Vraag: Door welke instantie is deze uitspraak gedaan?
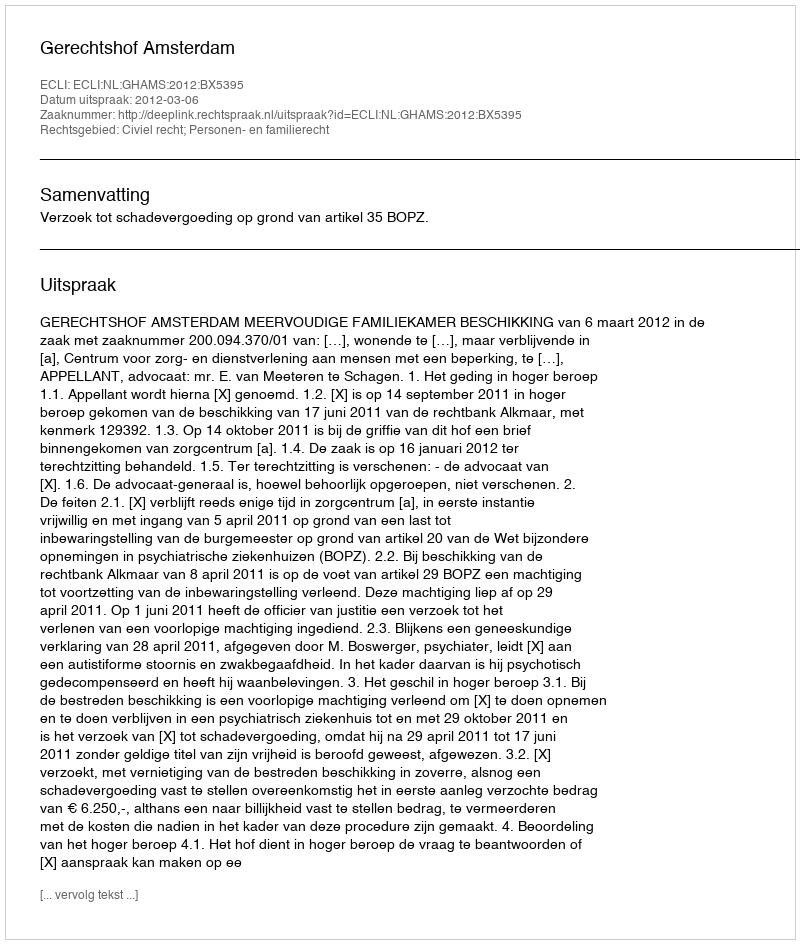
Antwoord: Gerechtshof Amsterdam